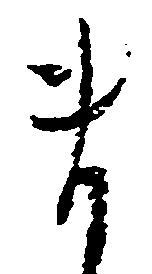
ま